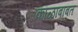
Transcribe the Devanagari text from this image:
काळाबाबत